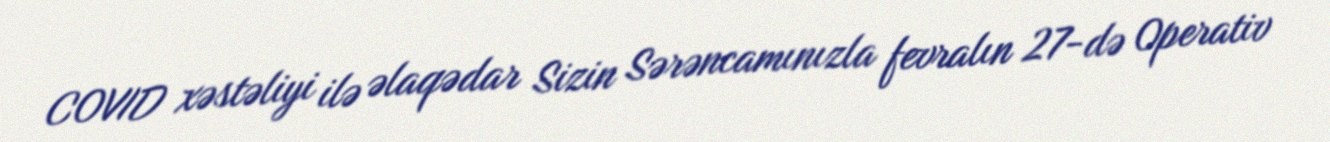
COVID xəstəliyi ilə əlaqədar Sizin Sərəncamınızla fevralın 27-də Operativ